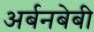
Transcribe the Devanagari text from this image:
अर्बनबेबी